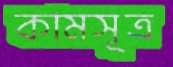
কামসূত্র